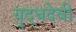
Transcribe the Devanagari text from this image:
युद्धदेवी